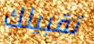
تقبيلك